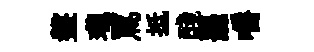
盤瓏罵抵醆罷嚼